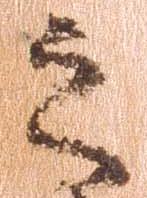
之